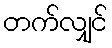
တက်လျှင်